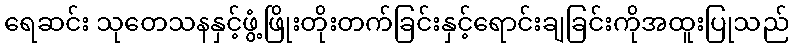
ရေဆင်း သုတေသနနှင့်ဖွံ့ဖြိုးတိုးတက်ခြင်းနှင့်ရောင်းချခြင်းကိုအထူးပြုသည်